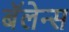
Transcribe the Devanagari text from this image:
बॅलेन्स